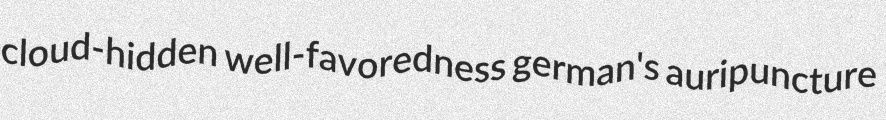
cloud-hidden well-favoredness german's auripuncture